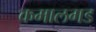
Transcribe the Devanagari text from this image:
कमालगड